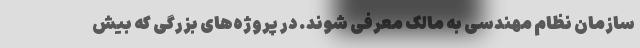
سازمان نظام مهندسی به مالک معرفی شوند. در پروژه‌های بزرگی که بیش